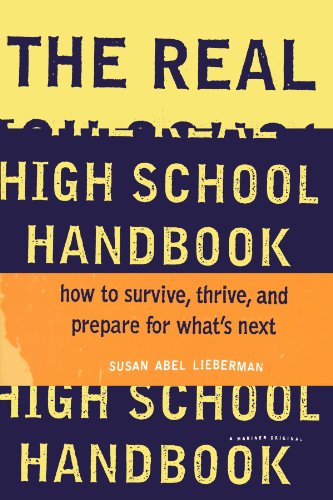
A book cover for The Real High School Handbook: How to Survive, Thrive, and Prepare for What's Next; Susan Abel Lieberman; Teen & Young Adult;